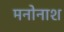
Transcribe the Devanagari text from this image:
मनोनाश